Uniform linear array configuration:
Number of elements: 16
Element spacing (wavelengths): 0.75
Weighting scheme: kaiser
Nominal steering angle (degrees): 60
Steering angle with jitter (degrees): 60.799
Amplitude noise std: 0.05
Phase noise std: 0.05

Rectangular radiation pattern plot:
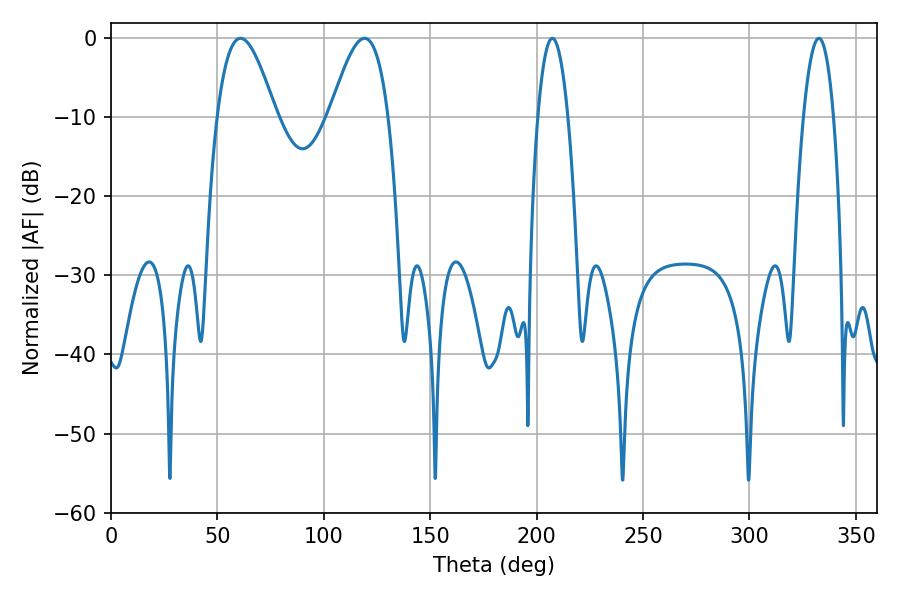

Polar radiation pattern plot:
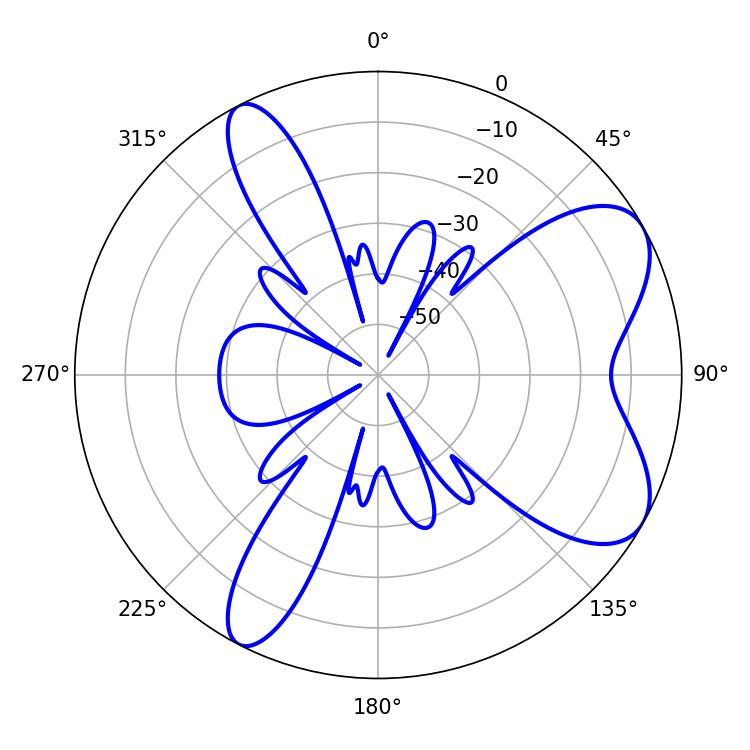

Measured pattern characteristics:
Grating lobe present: TRUE
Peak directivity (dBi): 7.223
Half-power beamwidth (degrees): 14.76
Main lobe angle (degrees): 60.84